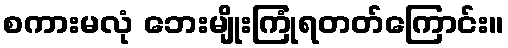
စကားမလုံ ဘေးမျိုးကြုံရတတ်ကြောင်း။